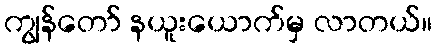
ကျွန်တော် နယူးယောက်မှ လာတယ်။